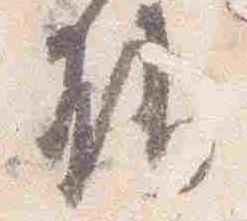
能